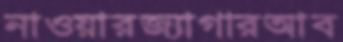
নাওয়ারজ্যাগারআব